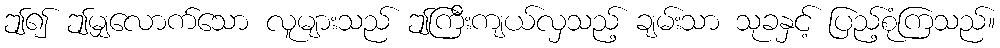
ဤ၍ ဤမျှလောက်သော လူများသည် ဤကြီးကျယ်လှသည့် ချမ်းသာ သုခနှင့် ပြည့်စုံကြသည်။